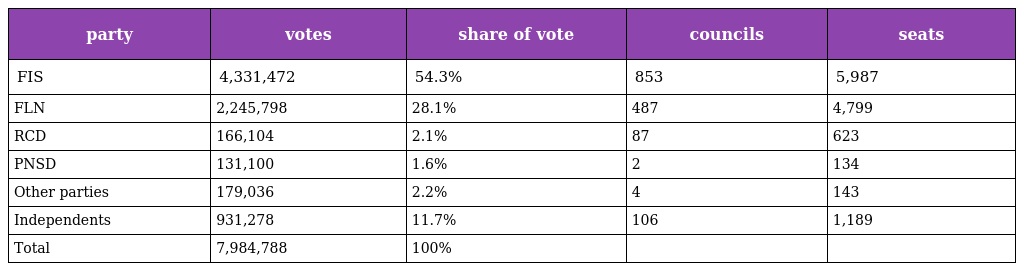
| party | votes | share of vote | councils | seats |
 | --- | --- | --- | --- | --- |
 | FIS | 4,331,472 | 54.3% | 853 | 5,987 |
 | FLN | 2,245,798 | 28.1% | 487 | 4,799 |
 | RCD | 166,104 | 2.1% | 87 | 623 |
 | PNSD | 131,100 | 1.6% | 2 | 134 |
 | Other parties | 179,036 | 2.2% | 4 | 143 |
 | Independents | 931,278 | 11.7% | 106 | 1,189 |
 | Total | 7,984,788 | 100% |  |  |